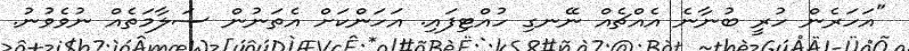
"އަހަރެން ހުރީ ބުނާނެ އެއްޗެއް ނޭނގި ހުއްޓިފައި. އަހަންކަށް އެތަނުން ސަލާމަތެއް ނުވެވުނު.